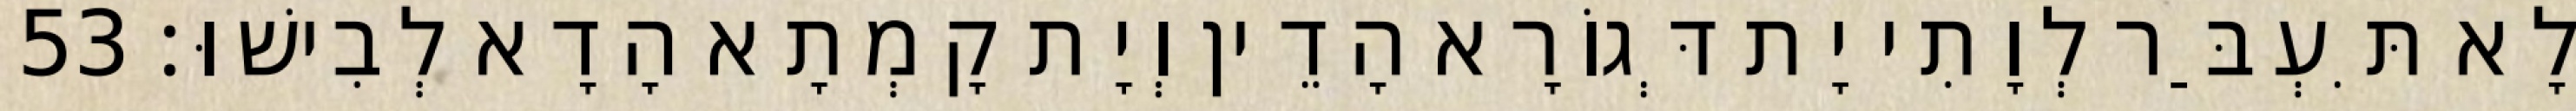
לָא תִּעְבַּר לְוָתִי יָת דְּגוֹרָא הָדֵין וְיָת קָמְתָא הָדָא לְבִישׁוּ׃ 53